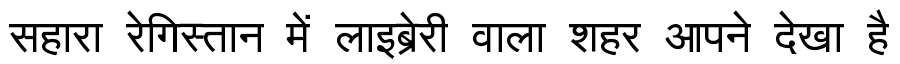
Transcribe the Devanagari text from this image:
सहारा रेगिस्तान में लाइब्रेरी वाला शहर आपने देखा है